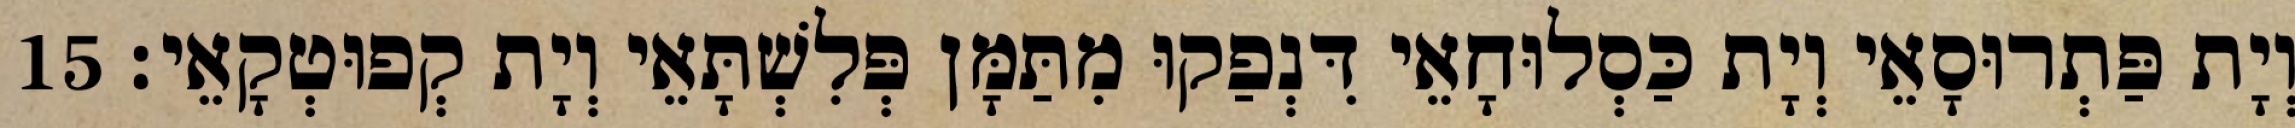
וְיָת פַּתְרוּסָאֵי וְיָת כַּסְלוּחָאֵי דִּנְפַקוּ מִתַּמָּן פְּלִשְׁתָּאֵי וְיָת קְפוּטְקָאֵי׃ 15